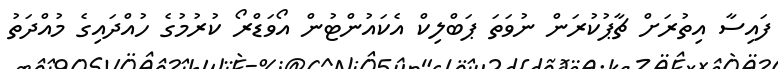
ފައިސާ އިތުރަށް ޗާޕުކުރަން ނުވަތަ ޕަބްލިކް އެކައުންޓުން އޯވަޑްރޯ ކުރުމުގެ ހުއްދައިގެ މުއްދަތު